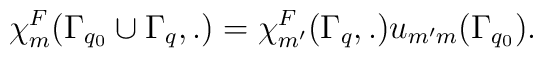
\chi^F_m(\Gamma_{q_0} \cup \Gamma_{q},.) =		\chi^F_{m'}(\Gamma_{q},.)u_{m'm}(\Gamma_{q_0}).